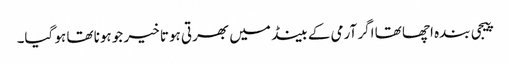
پیجی بندہ اچھا تھا اگر آرمی کے بینڈ میں بھرتی ہوتا خیر جو ہونا تھا ہو گیا۔